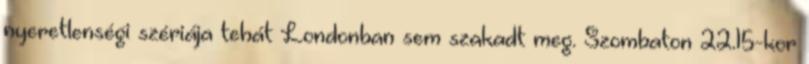
nyeretlenségi szériája tehát Londonban sem szakadt meg. Szombaton 22.15-kor